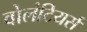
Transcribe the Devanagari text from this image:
वोलंटियर्स